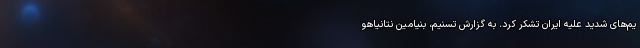
یم‌های شدید علیه ایران تشکر کرد. به گزارش تسنیم، بنیامین نتانیاهو